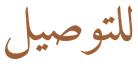
للتوصيل